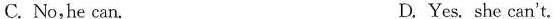
C. No,he can. D. Yes. She can't.